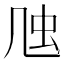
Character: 𠙍